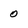
Character: 0